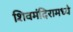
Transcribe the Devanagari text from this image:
शिवमंदिरामध्ये